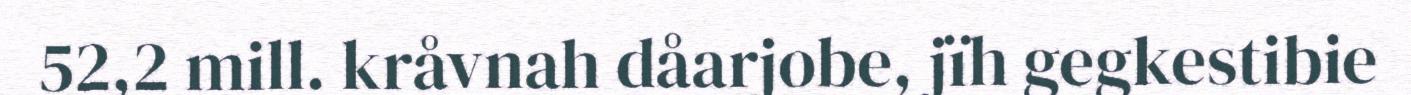
52,2 mill. kråvnah dåarjobe, jïh gegkestibie